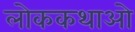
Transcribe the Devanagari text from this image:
लोककथाओ